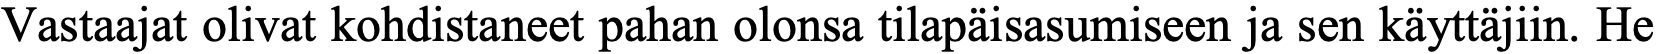
Vastaajat olivat kohdistaneet pahan olonsa tilapäisasumiseen ja sen käyttäjiin. He